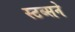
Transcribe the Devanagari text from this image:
स्टब्सने